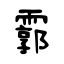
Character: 霩